65_HS1-834228961_62-HQ-83894_Section_10
Agency: FBI
Page 89
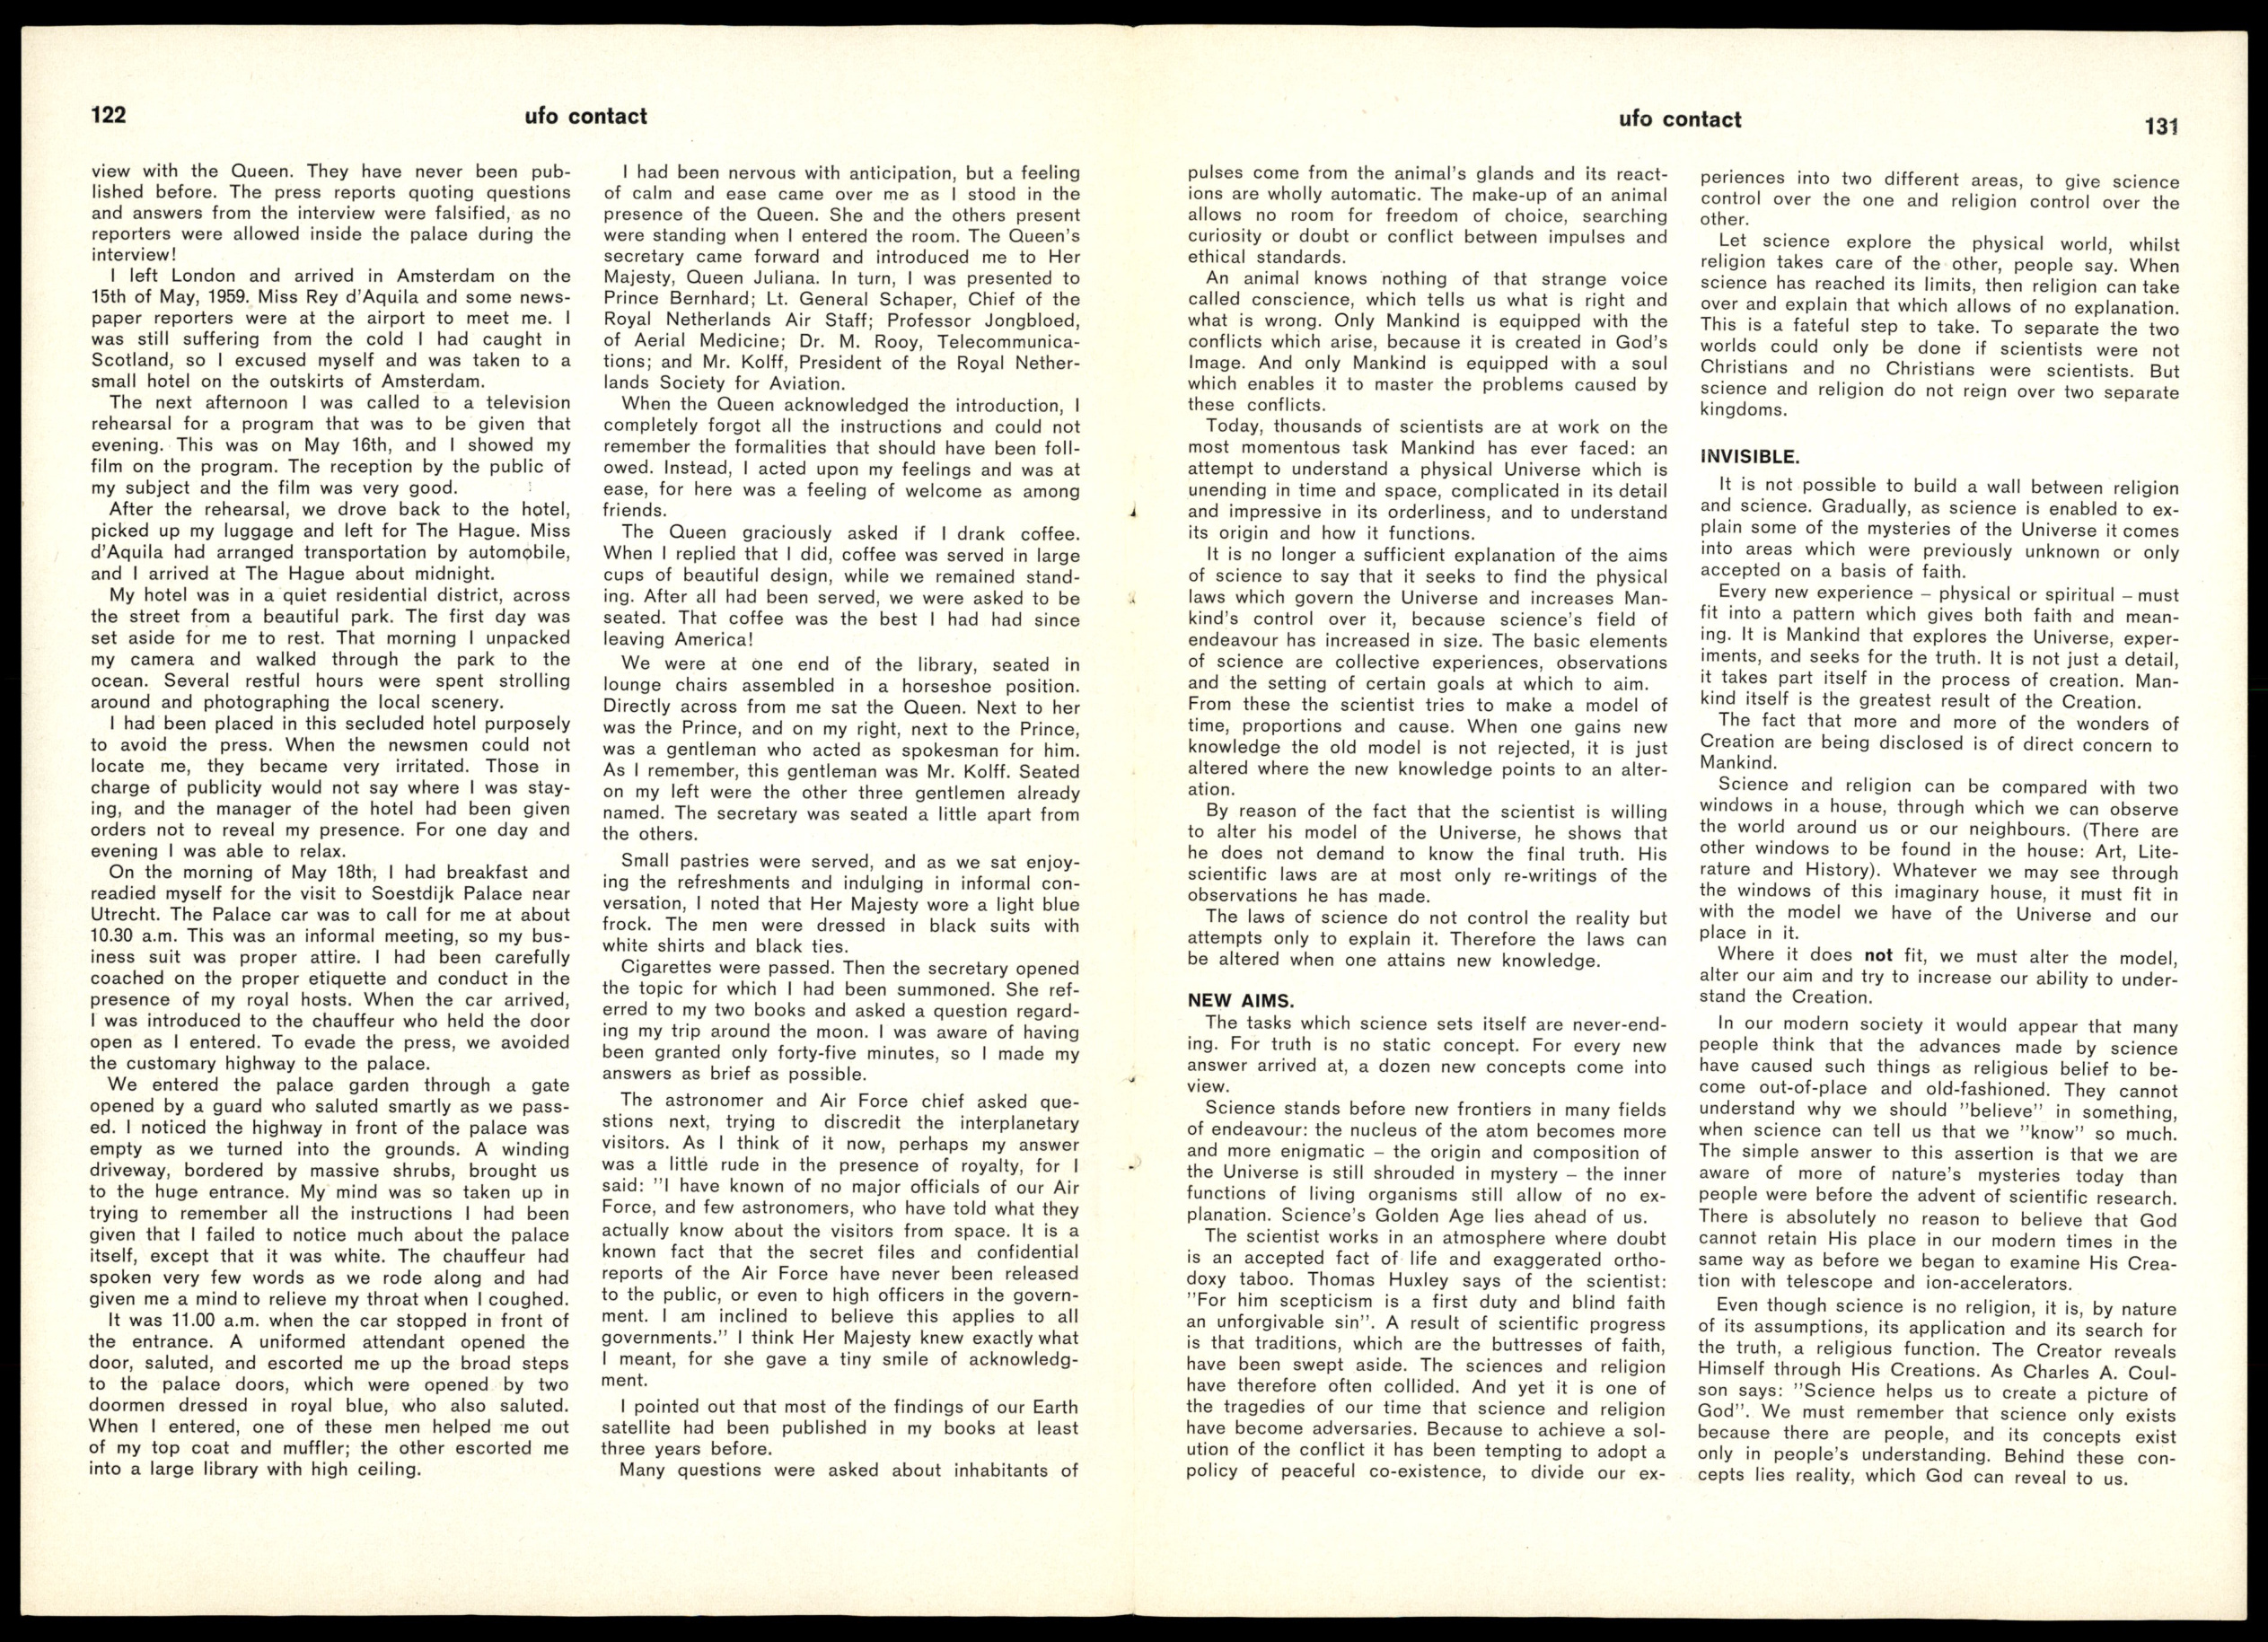